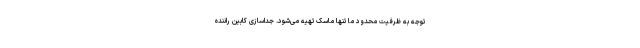
توجه به ظرفیت محدود ما تنها ماسک تهیه می‌شود. جداسازی کابین راننده